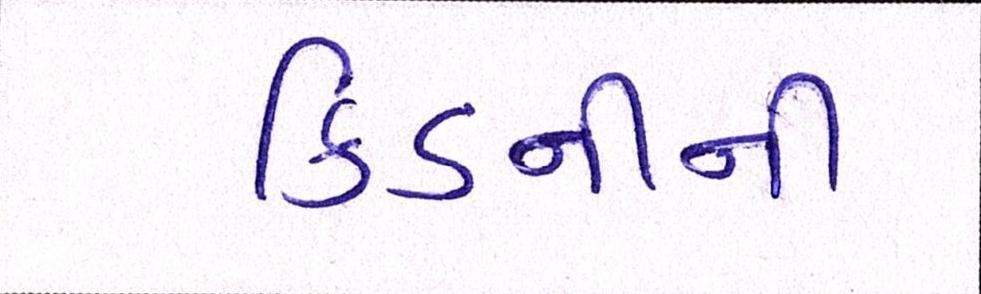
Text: કિડનીના